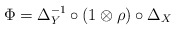
\begin{gather*}\Phi=\Delta_Y^{-1}\circ(1\otimes\rho)\circ\Delta_X\end{gather*}